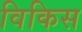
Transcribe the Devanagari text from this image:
विकिस